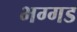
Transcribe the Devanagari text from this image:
भग्‍गड